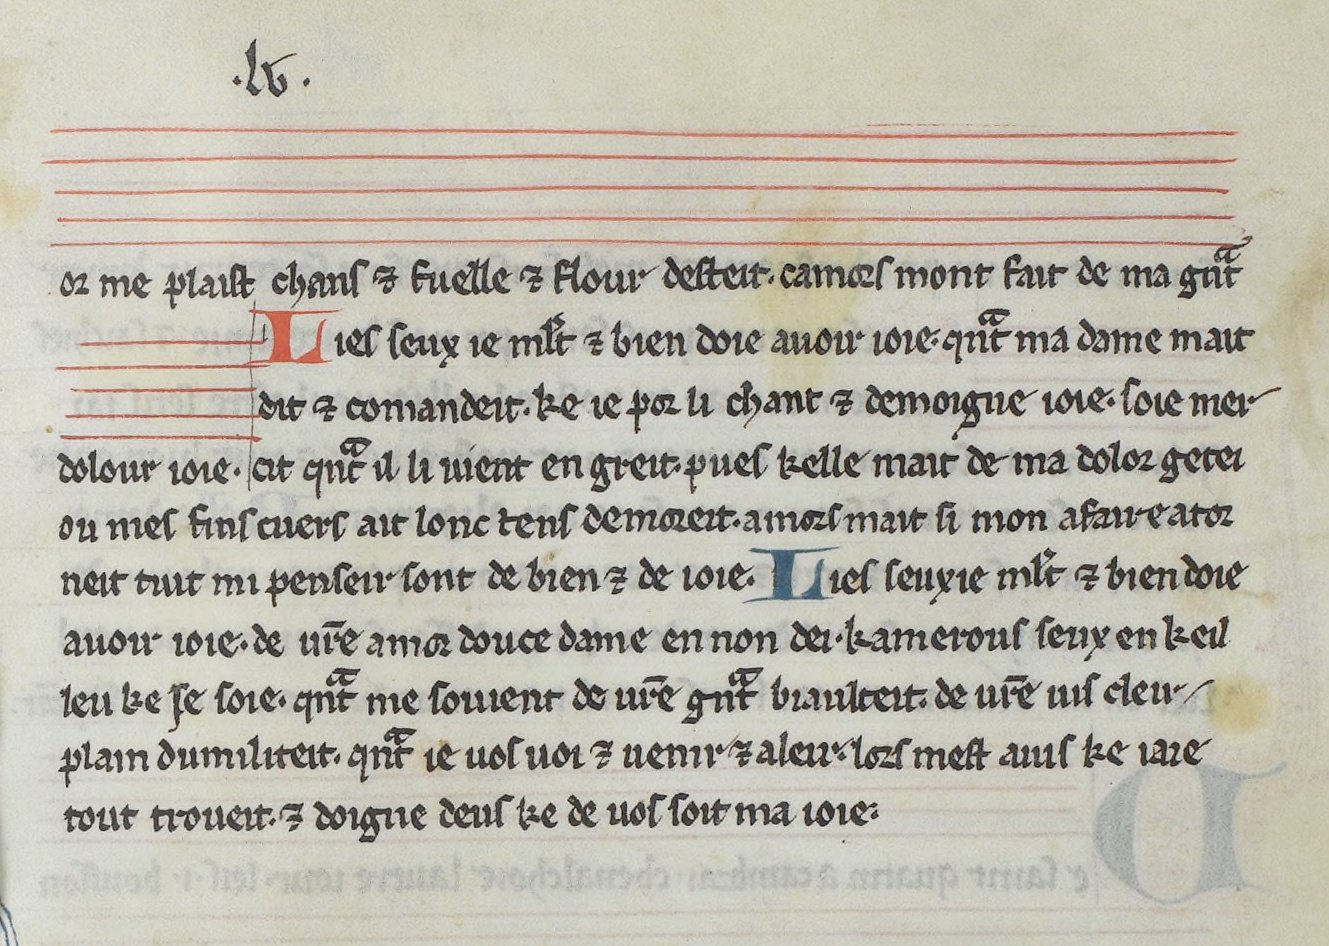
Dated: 1275–1299